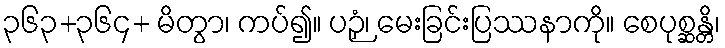
၃၆၃+၃၆၄+ မိတွာ၊ ကပ်၍။ ပဉှံ၊ မေးခြင်းပြဿနာကို။ စေပုစ္ဆန္တိ၊